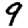
Digit: 9